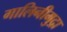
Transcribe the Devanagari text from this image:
गालिनीमुद्रा